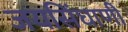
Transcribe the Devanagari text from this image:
जयसिंघाणी